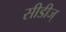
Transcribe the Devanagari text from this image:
सीडीज्